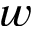
w